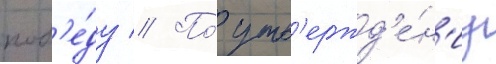
поб'е́ду // По́ утв'ержд'е́н'иу